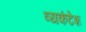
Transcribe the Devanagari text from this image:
व्यकंटेश